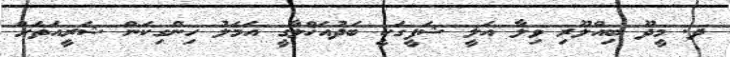
ދ. މީދޫ ބިއްލޫރި ވިލާ އަލީ ޝަފީގަކީ ބަދުއަޚްލާގީ އަމަލު ހިންގިކަން ޝަރީއަތަށް